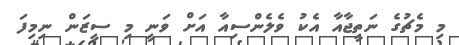
މި މެޗުގެ ނަތީޖާއާ އެކު ވެލެންސިއާ އަށް ވަނީ މި ސީޒަން ނިމިފަ